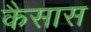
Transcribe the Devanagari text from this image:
कैसास